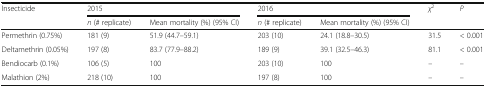
<table><thead><tr><td rowspan="2"><b>Insecticide</b></td><td colspan="2"><b>2015</b></td><td colspan="2"><b>2016</b></td><td rowspan="2"><b><i>χ</i><sup>2</sup></b></td><td rowspan="2"><b><i>P</i></b></td></tr><tr><td><b><i>n</i> (# replicate)</b></td><td><b>Mean mortality (%) (95% CI)</b></td><td><b><i>n</i> (# replicate)</b></td><td><b>Mean mortality (%) (95% CI)</b></td></tr></thead><tbody><tr><td>Permethrin (0.75%)</td><td>181 (9)</td><td>51.9 (44.7–59.1)</td><td>203 (10)</td><td>24.1 (18.8–30.5)</td><td>31.5</td><td>&lt; 0.001</td></tr><tr><td>Deltamethrin (0.05%)</td><td>197 (8)</td><td>83.7 (77.9–88.2)</td><td>189 (9)</td><td>39.1 (32.5–46.3)</td><td>81.1</td><td>&lt; 0.001</td></tr><tr><td>Bendiocarb (0.1%)</td><td>106 (5)</td><td>100</td><td>203 (10)</td><td>100</td><td>–</td><td>–</td></tr><tr><td>Malathion (2%)</td><td>218 (10)</td><td>100</td><td>197 (8)</td><td>100</td><td>–</td><td>–</td></tr></tbody></table>